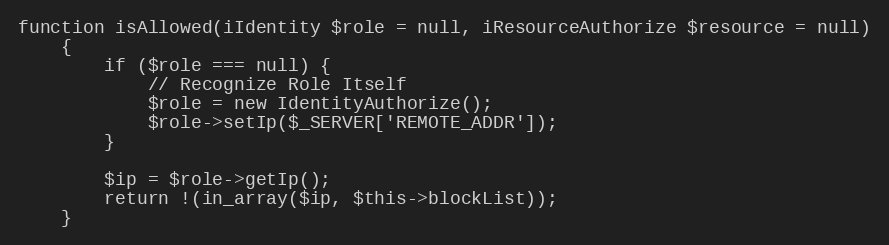
Language: PHP
function isAllowed(iIdentity $role = null, iResourceAuthorize $resource = null)
    {
        if ($role === null) {
            // Recognize Role Itself
            $role = new IdentityAuthorize();
            $role->setIp($_SERVER['REMOTE_ADDR']);
        }

        $ip = $role->getIp();
        return !(in_array($ip, $this->blockList));
    }